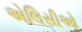
એલિસીઓ